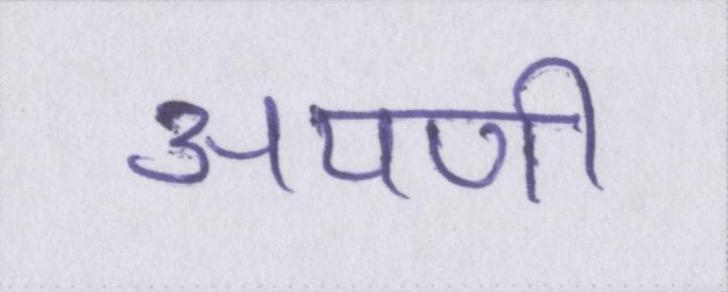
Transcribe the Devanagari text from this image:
अपणी